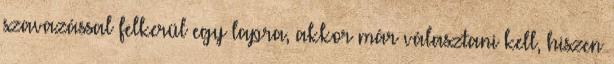
szavazással felkerül egy lapra, akkor már választani kell, hiszen